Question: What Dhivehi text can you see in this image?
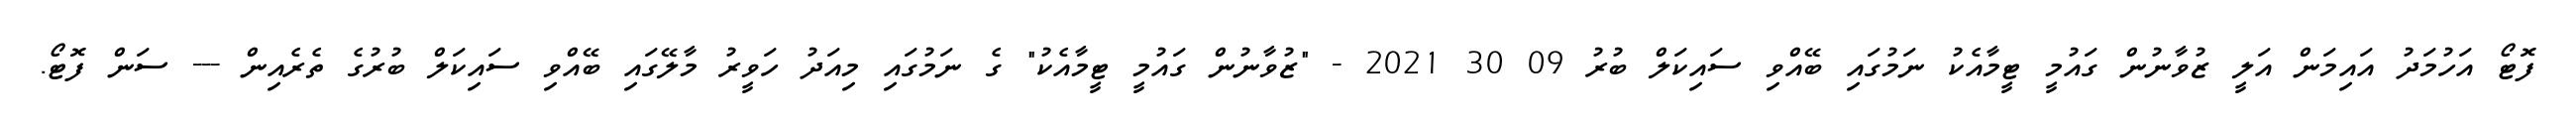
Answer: ފޮޓޯ އަހުމަދު އައިމަން އަލީ ޒުވާނުން ގައުމީ ޓީމާއެކު ނަމުގައި ބޭއްވި ސައިކަލް ބުރު 09 30 2021 - "ޒުވާނުން ގައުމީ ޓީމާއެކު" ގެ ނަމުގައި މިއަދު ހަވީރު މާލޭގައި ބޭއްވި ސައިކަލް ބުރުގެ ތެރެއިން --- ސަން ފޮޓޯ.